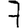
Digit: 7